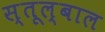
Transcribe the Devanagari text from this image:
स्तूल्बाल